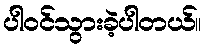
ပါဝင်သွားခဲ့ပါတယ်။